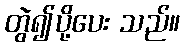
တွဲ၍ပို့ပေး သည်။